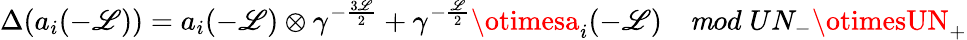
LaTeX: \Delta(a_{i}(-\mathscr{L}))=a_{i}(-\mathscr{L})\otimes\gamma^{-\frac{{3\mathscr{L}}}{{2}}}+\gamma^{-\frac{{\mathscr{L}}}{{2}}}\otimesa_{i}(-\mathscr{L})\quad{\mathit{m}od}\; UN_{-}\otimesUN_{+}